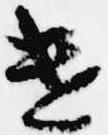
遣